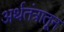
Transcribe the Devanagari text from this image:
अर्थतंत्रातून